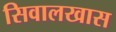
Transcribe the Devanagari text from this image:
सिवालखास